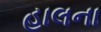
હાલના